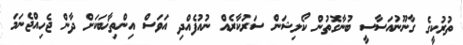
ތުރުކީގެ ގާނޫނުއަސާސީ ބުނާގޮތުން ކޯލިޝަން ސަރުކާރެއް ނުއުފެއްދި އަވަސް އިންތިޚާބަކަށް ދާން ޖެހިއްޖެނަމަ